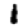
Digit: 1